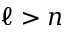
\ell > n